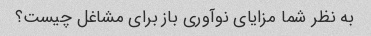
به نظر شما مزایای نوآوری باز برای مشاغل چیست؟